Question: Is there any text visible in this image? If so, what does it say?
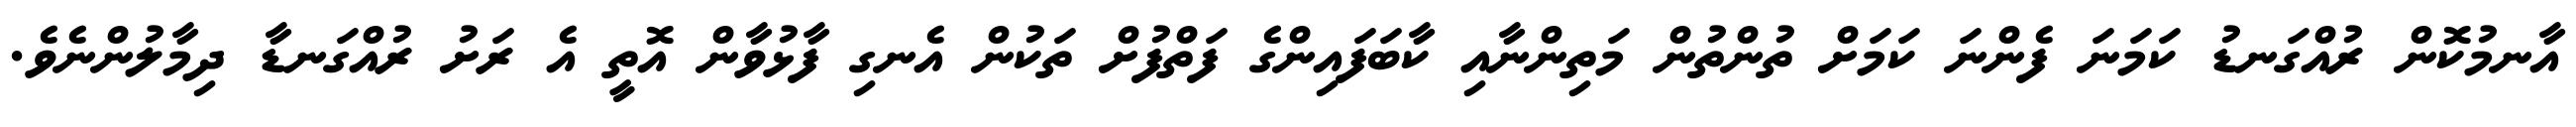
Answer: އާނމުކޮން ރުއްގަނޑު ކަމަނަ ފެންނަ ކަމަށް ތުންތުން މަތިންނާއި ކާބަފައިންގެ ފަތްފުށް ތަކުން އެނގި ފާޅުވާން އޮތީ އެ ރަށު ރުއްގަނޑާ ދިމާލުންނެވެ.